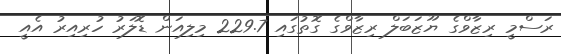
ރަސްމީ ރިޒާވްގެ ޔޫޒަބަލް ރިޒާވްގެ ގޮތުގައި 229.7 މިލިއަން ޑޮލަރު ހުރިއިރު އެއީ